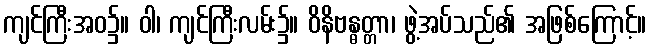
ကျင်ကြီးအဝ၌။ ဝါ၊ ကျင်ကြီးလမ်း၌။ ဝိနိဗန္ဓတ္တာ၊ ဖွဲ့အပ်သည်၏ အဖြစ်ကြောင့်။